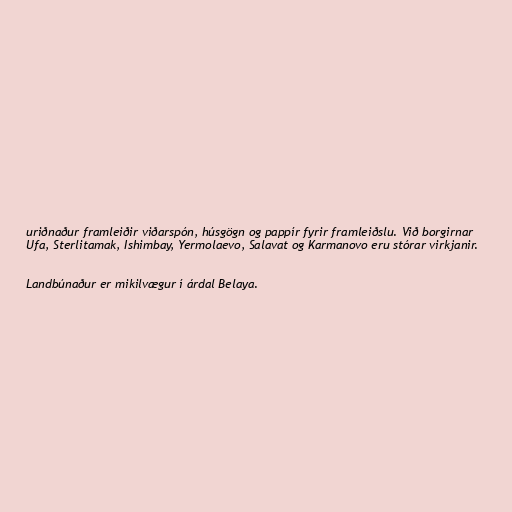
uriðnaður framleiðir viðarspón, húsgögn og pappír fyrir framleiðslu. Við borgirnar
Ufa, Sterlitamak, Ishimbay, Yermolaevo, Salavat og Karmanovo eru stórar virkjanir.

Landbúnaður er mikilvægur í árdal Belaya.